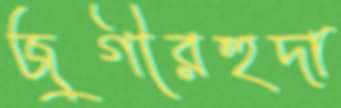
জুগীরহুদা